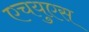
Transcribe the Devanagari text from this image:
एचयुएस